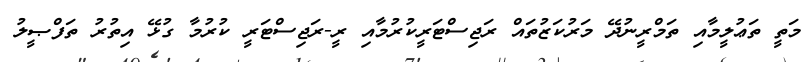
މަތީ ތަޢުލީމާއި ތަމްރީނުދޭ މަރުކަޒުތައް ރަޖިސްޓަރީކުރުމާއި ރީ-ރަޖިސްޓަރީ ކުރުމާ ގުޅޭ އިތުރު ތަފްޞީލު